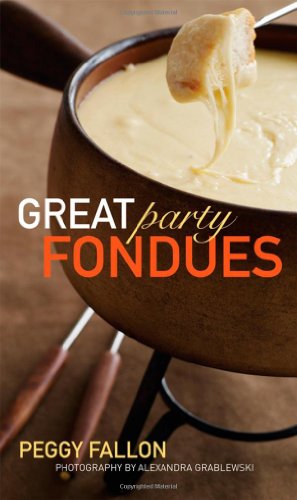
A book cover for Great Party Fondues; Peggy Fallon; Cookbooks, Food & Wine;